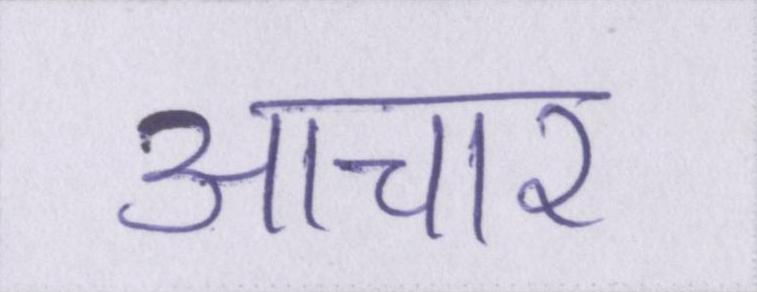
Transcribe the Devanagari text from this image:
आचार